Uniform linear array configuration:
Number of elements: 64
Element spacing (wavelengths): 0.25
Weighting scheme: binomial
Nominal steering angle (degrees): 30
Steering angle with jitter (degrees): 29.111
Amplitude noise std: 0.05
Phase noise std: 0.05

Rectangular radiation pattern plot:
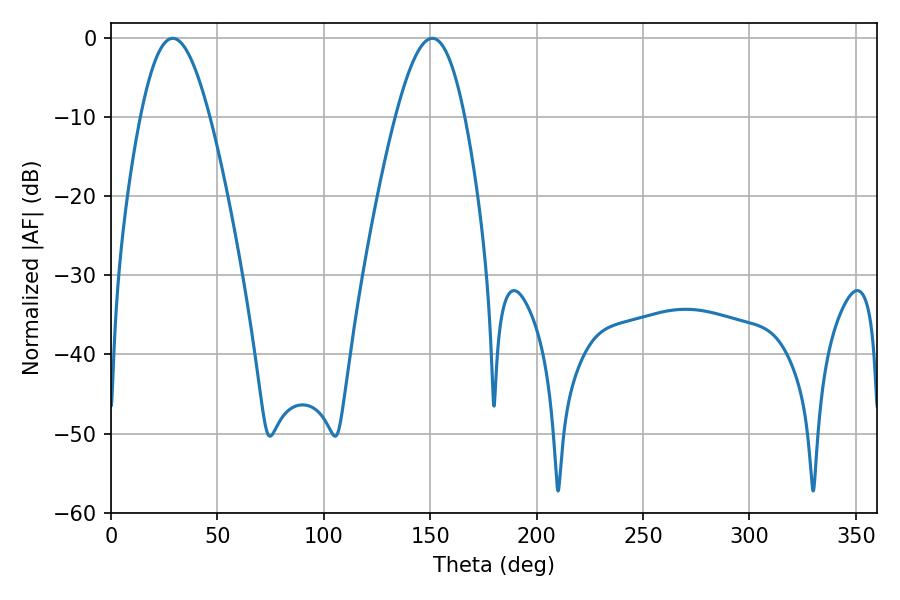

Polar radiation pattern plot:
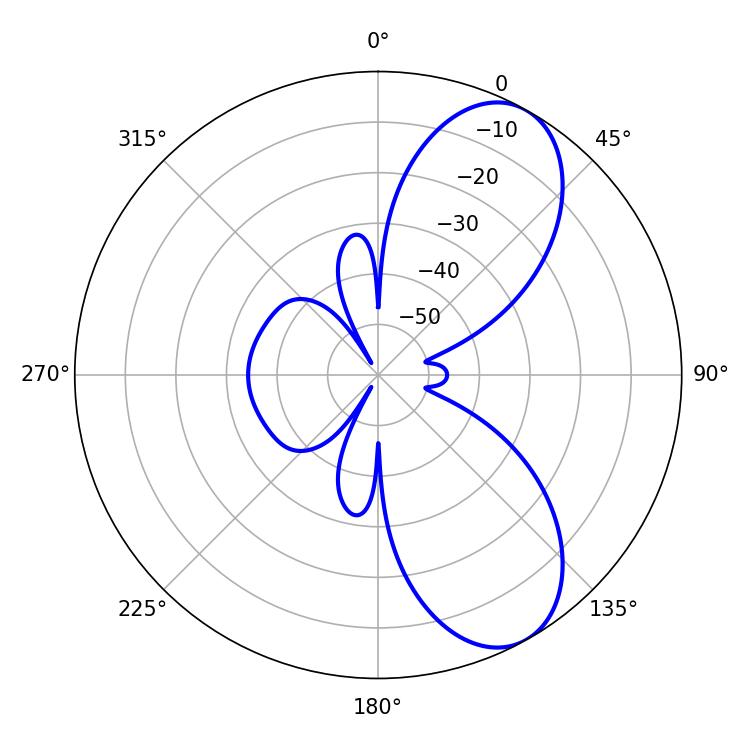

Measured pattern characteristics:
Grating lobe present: FALSE
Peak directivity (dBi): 7.883
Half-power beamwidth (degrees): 17.64
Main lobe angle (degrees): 28.98